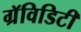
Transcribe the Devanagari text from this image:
ग्रॅविडिटी